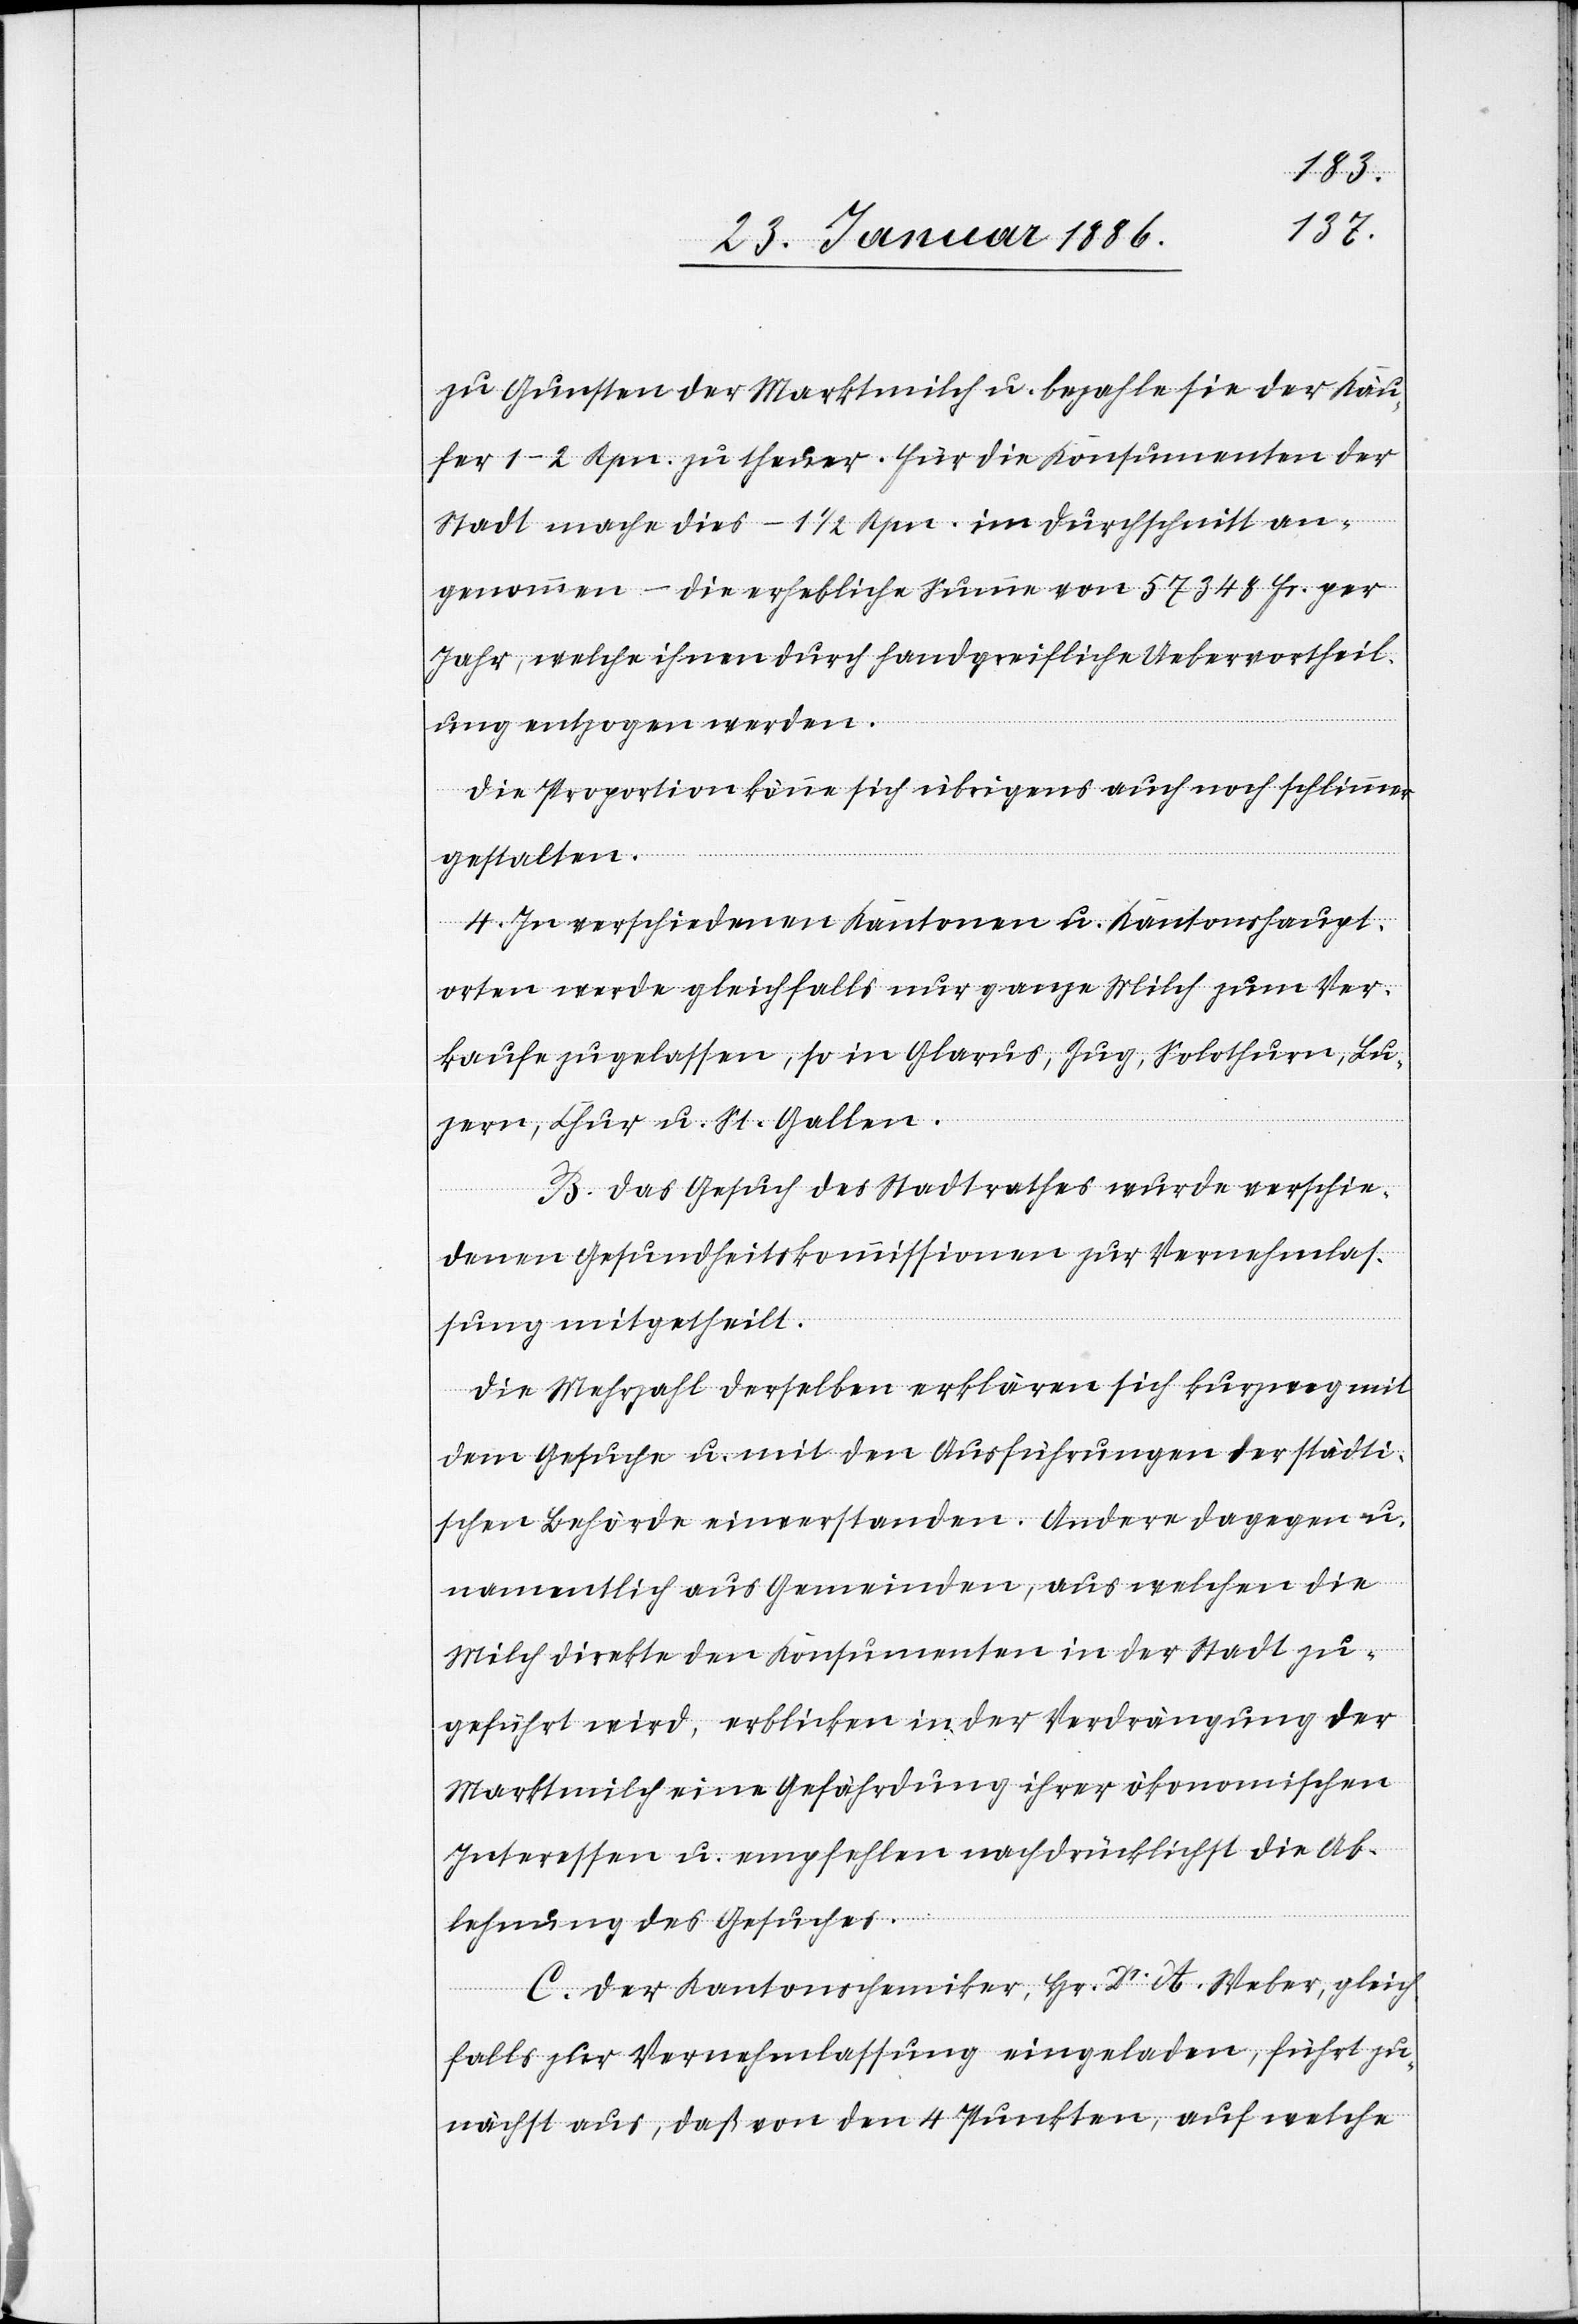
zu Gunsten der Marktmilch u. bezahle sie der Käu¬
fer 1–2 Rpn. zu theuer. Für die Konsumenten der
Stadt mache dies – 1 1/2 Rpn. im Durchschnitt an¬
genommen – die erhebliche Summe von 57 348 Fr. per
Jahr, welche ihnen durch handgreifliche Uebervortheil¬
ung entzogen werden.
Die Proportion könne sich übrigens auch noch schlimmer
gestalten.
4. In verschiedenen Kantonen u. Kantonshaupt¬
orten werde gleichfalls nur ganze Milch zum Ver¬
kaufe zugelassen, so in Glarus, Zug, Solothurn, Lu¬
zern, Chur u. St. Gallen.
B. Das Gesuch des Stadtrathes wurde verschie¬
denen Gesundheitskommissionen zur Vernehmlas¬
sung mitgetheilt.
Die Mehrzahl derselben erklären sich kurzweg mit
dem Gesuche u. mit den Ausführungen der städti¬
schen Behörde einverstanden. Andere dagegen u.
namentlich aus Gemeinden, aus welchen die
Milch direkte den Konsumenten in der Stadt zu¬
geführt wird, erblicken in der Verdrängung der
Marktmilch eine Gefährdung ihrer ökonomischen
Interessen u. empfehlen nachdrücklichst die Ab¬
lehnung des Gesuches.
C. Der Kantonschemiker, Hr. Dr A. Weber, gleich¬
falls zur Vernehmlassung eingeladen, führt zu¬
nächst aus, daß von den 4 Punkten, auf welche